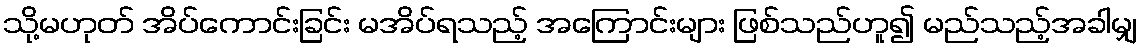
သို့မဟုတ် အိပ်ကောင်းခြင်း မအိပ်ရသည့် အကြောင်းများ ဖြစ်သည်ဟူ၍ မည်သည့်အခါမျှ